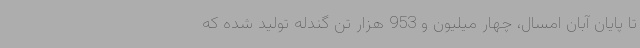
تا پایان آبان امسال، چهار میلیون و 953 هزار تن گندله تولید شده که